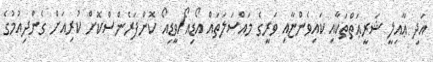
އަދި ޢާއިލީ ޝަރީޢަތްތަކާއި ކައިވެންޏާއި ވަރީގެ މައްސަލަތައް އޯޑިއޯ/ވީޑިއޯ ކޮންފަރެންސްކޮށް ކުރިއަށް ގެންދިއުމުގެ